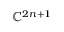
\mathbb { C } ^ { 2 n + 1 }